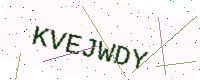
Text: KVEJWDY